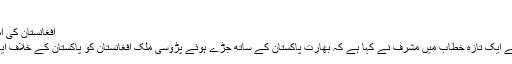
(12.05.2011)
افغانستان کی امداد کا مقصد پاکستان کے ساتھ دشمنی: مشرف
امریکہ میں کونسل آف ’ فورن ریلیشنز‘ میں اپنے ایک تازہ خطاب میں مشرف نے کہا ہے کہ بھارت پاکستان کے ساتھ جُڑے ہوئے پڑوسی ملک افغانستان کو پاکستان کے خلاف ایک دشمن قوت کی حیثیت سے تیار کر رہا ہے۔